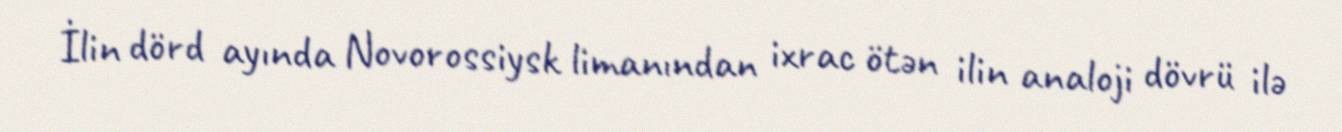
İlin dörd ayında Novorossiysk limanından ixrac ötən ilin analoji dövrü ilə